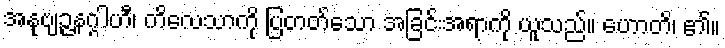
အနုဗျဉ္ဇနဂ္ဂါဟီ၊ ကိလေသာကို ပြတတ်သော အခြင်းအရာကို ယူသည်။ ဟောတိ၊ ၏။